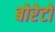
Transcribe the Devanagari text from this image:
बोरेटों